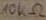
Text: 10KΩ